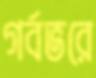
গর্বভরে